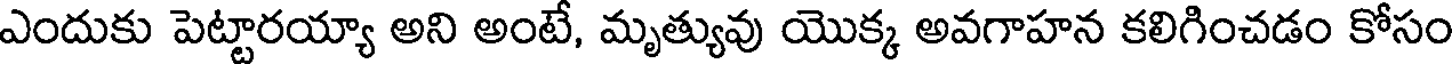
ఎందుకు పెట్టారయ్యా అని అంటే, మృత్యువు యొక్క అవగాహన కలిగించడం కోసం